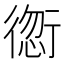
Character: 𲀠